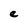
Character: e